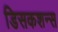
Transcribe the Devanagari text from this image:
डिसकशन्स